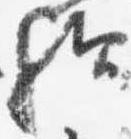
歟